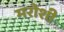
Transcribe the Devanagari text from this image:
मरोशी